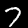
Label: 7